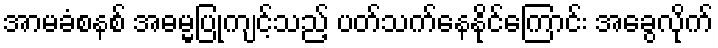
အာမခံစနစ် အဓမ္မပြုကျင့်သည့် ပတ်သက်နေနိုင်ကြောင်း အခွေလိုက်